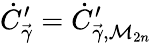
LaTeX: \dot{C}_{\vec{\gamma}}^{\prime}=\dot{C}_{\vec{\gamma},\mathcal{M}_{2n}}^{\prime}